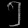
Digit: ၅